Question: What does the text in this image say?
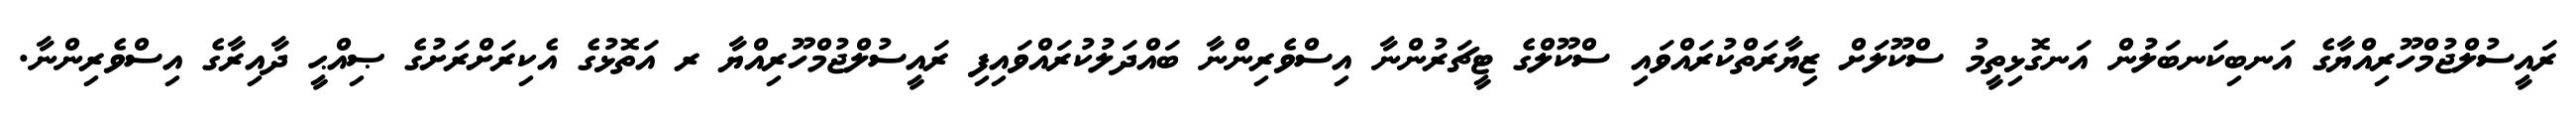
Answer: ރައީސުލްޖުމްހޫރިއްޔާގެ އަނބިކަނބަލުން އަނގޮޅިތީމު ސްކޫލަށް ޒިޔާރަތްކުރައްވައި ސްކޫލްގެ ޓީޗަރުންނާ އިސްވެރިންނާ ބައްދަލުކުރައްވައިފި ރައީސުލްޖުމްހޫރިއްޔާ ރ އަތޮޅުގެ އެކިރަށްރަށުގެ ޞިއްޙީ ދާއިރާގެ އިސްވެރިންނާ.